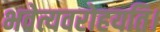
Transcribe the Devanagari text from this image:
भवेत्यवरोहयति।